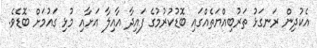
އެކުދިން ރަނގަޅު ތަރުބިއްޔަތެއްގައި ބޮޑުކުރުމުގެ ފައިދާ އާއިލާ އަށާއި މުޅި ގައުމަށް ބޮޑެވެ.